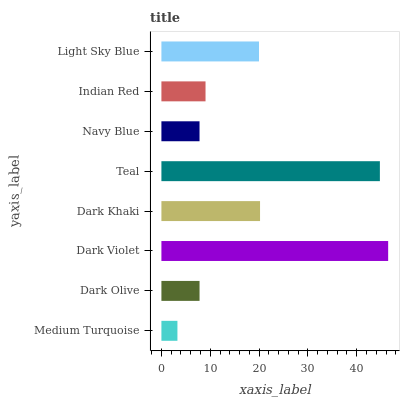
| yaxis_label | bars |
 | --- | --- |
 | Medium Turquoise | 3.28 |
 | Dark Olive | 7.81 |
 | Dark Violet | 46.4 |
 | Dark Khaki | 20.2 |
 | Teal | 44.7 |
 | Navy Blue | 7.81 |
 | Indian Red | 9.03 |
 | Light Sky Blue | 20 |